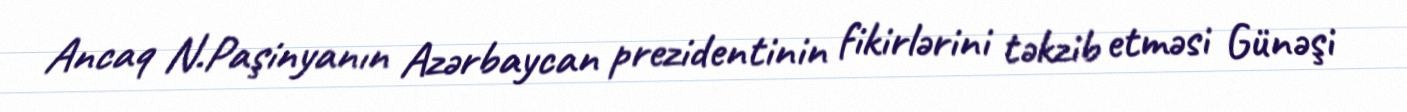
Ancaq N.Paşinyanın Azərbaycan prezidentinin fikirlərini təkzib etməsi Günəşi